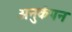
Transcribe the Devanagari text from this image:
अनुकंपन